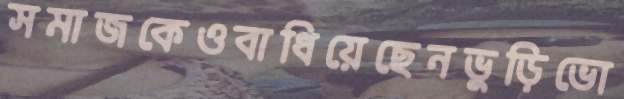
সমাজকেওবাধিয়েছেনভুড়িভো